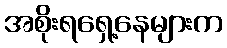
အစိုးရရှေ့နေများက